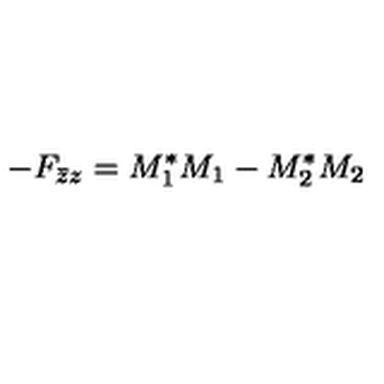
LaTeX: - F _ { \bar { z } z } = M _ { 1 } ^ { \ast } M _ { 1 } - M _ { 2 } ^ { \ast } M _ { 2 }